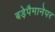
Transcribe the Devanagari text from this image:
बड़ेपैमानेपर